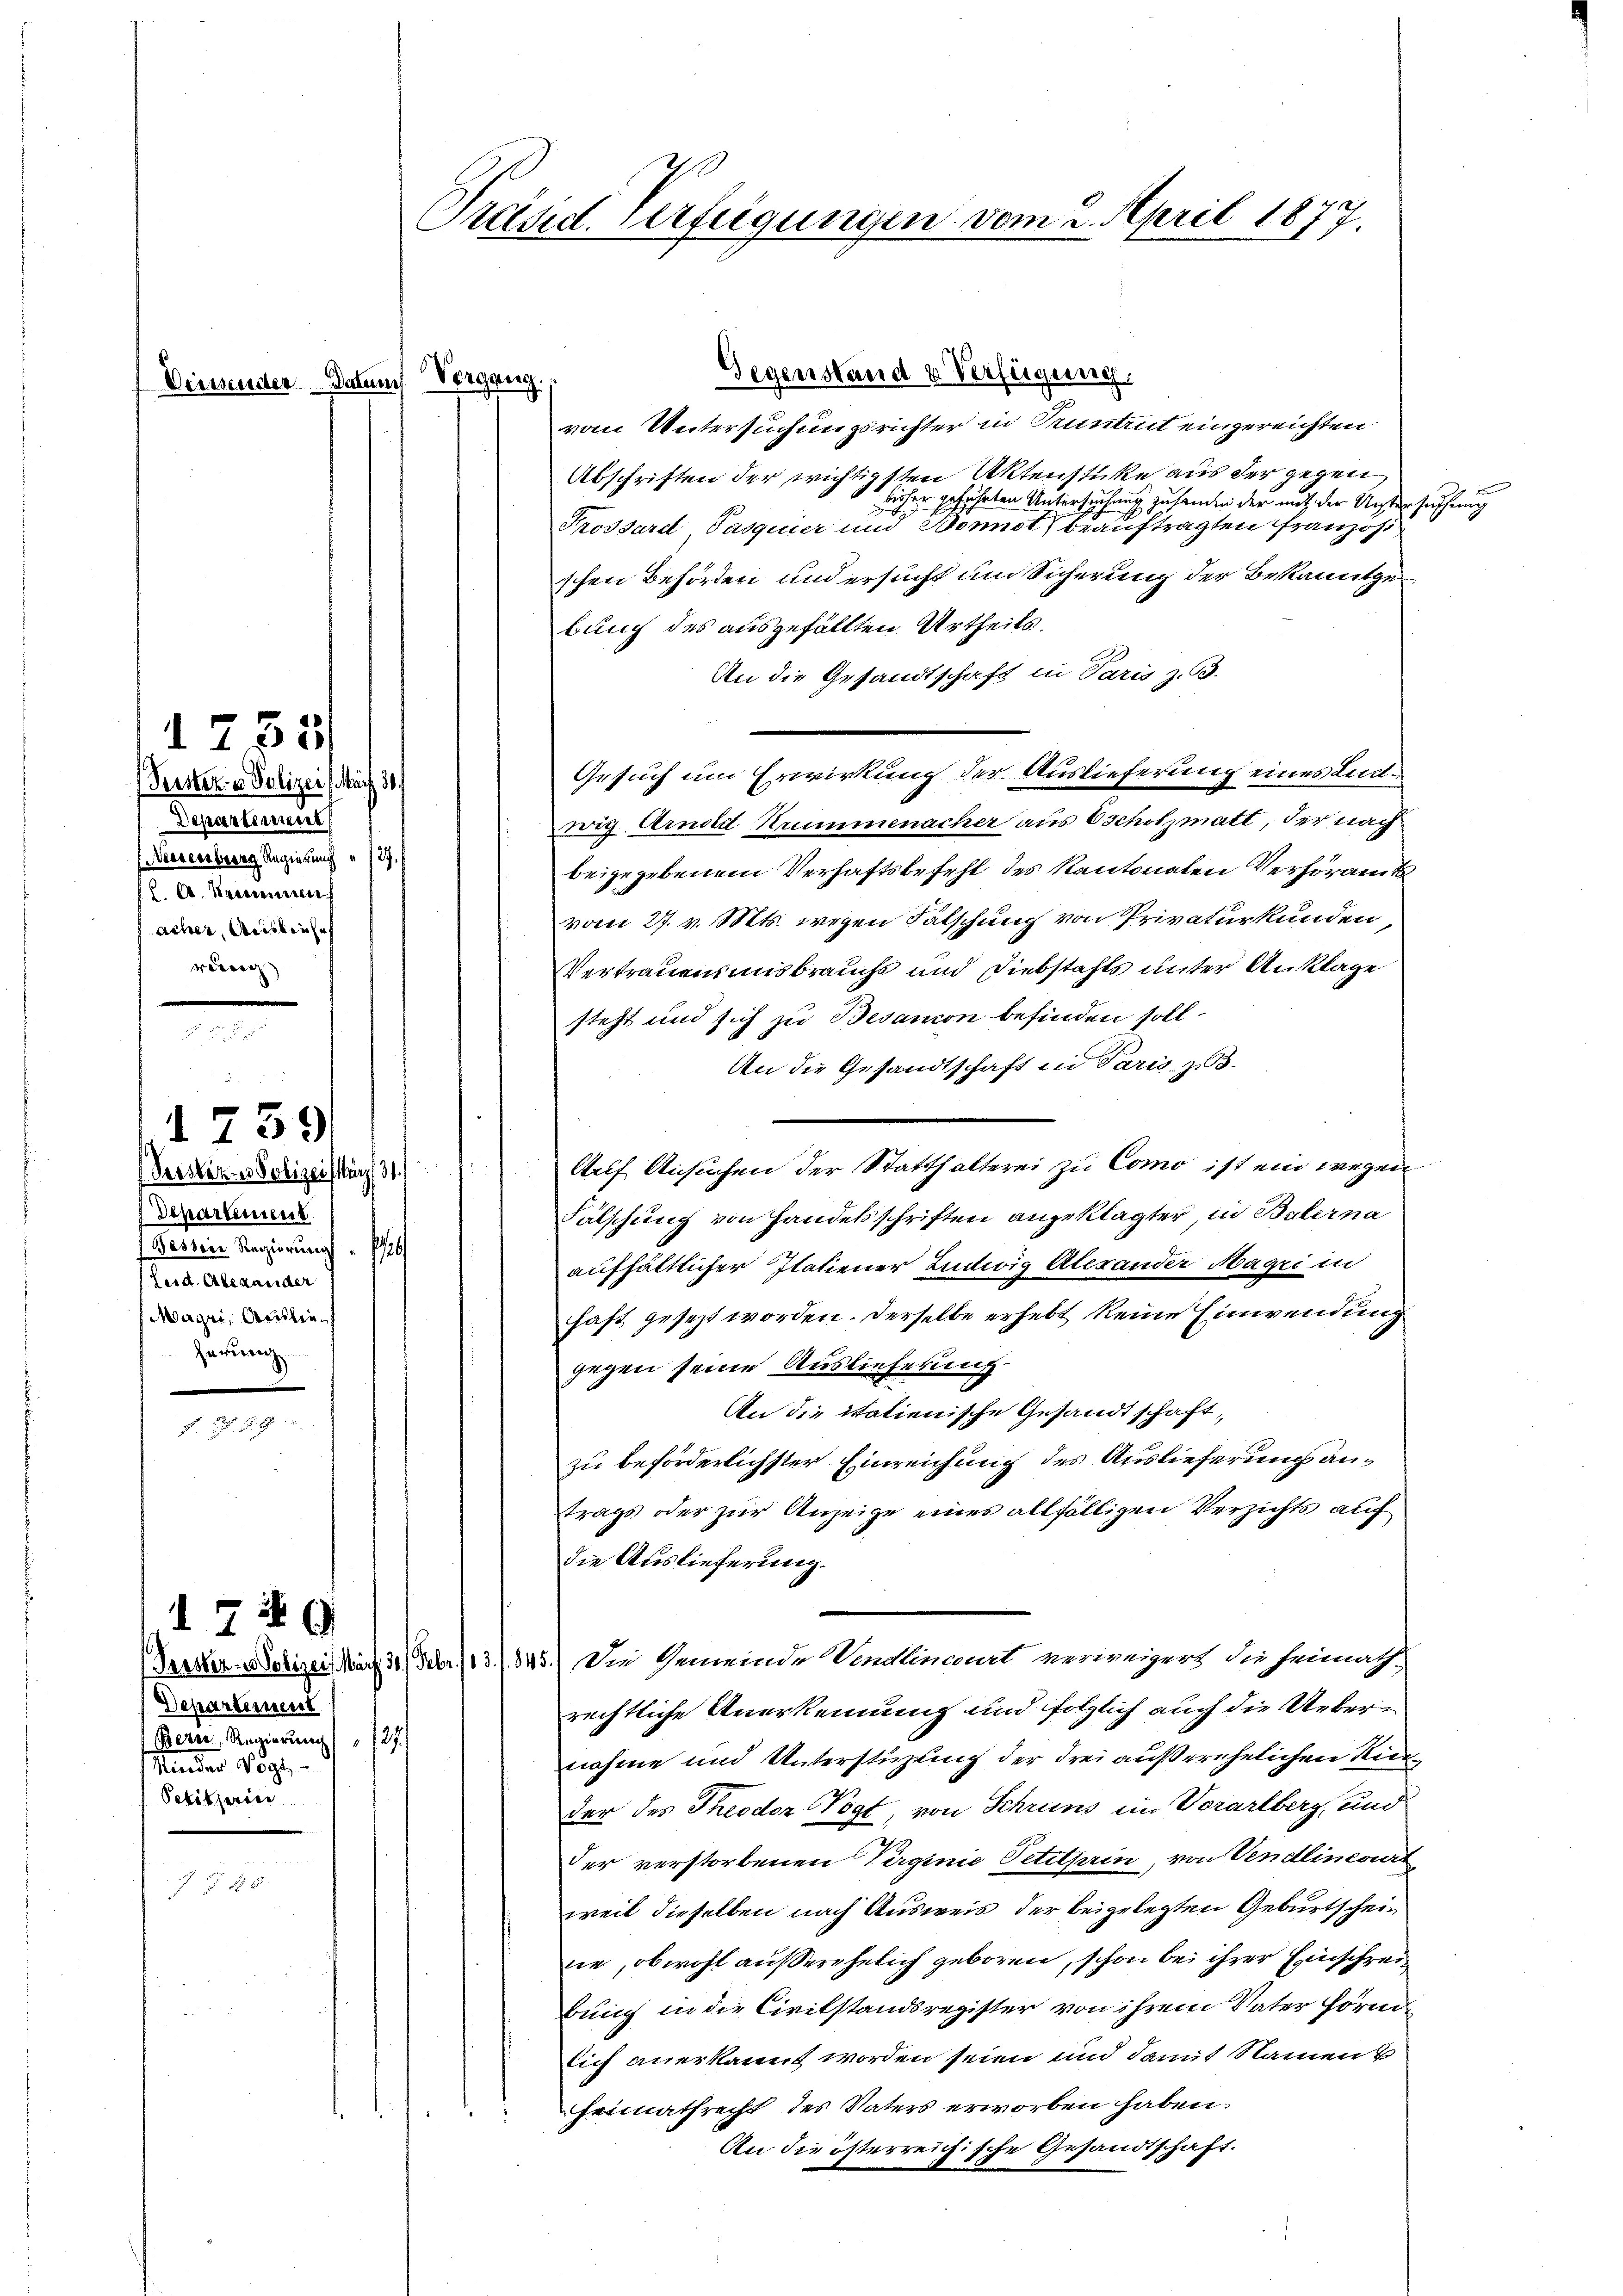
Deissenden Datum

1735
Perster- u Polizei März 30
Departement
Neesenberg Regierung " 127.
C. A. Kraciennen
acher, Ausliefe
vetrach

Persetzes Polizei März 31.
Departement
Bester Regierung
h
Ferd. Alexander
Magri, Aristieherung

1759)

1749
Departement
Berés, Regierung " 127
Minder Vögt-
Petitjerier

Präsid. Verfügungen vom 2. April 1877.

Vorgang.
vom Untersuchungsrichter in Pruntrut eingereichten
Abschriften der wichtigsten Aktenstücke aus der gegen
bisher geführten Untersuchung zu senden der mit der Untersuchen
Prossard Pasquier und Bonnot beauftragten Französ
schen Behörden und ersucht um Sicherung der Bekanntgebung des ausgefällten Urtheils.
An die Gesandtschaft in Paris z. 53.
Gesuch um Erwirkung der Auslieferung eines Ludwig Arnold Krummenacher aus Oscholzmatt, der nach
beigegebenem Verhaftsbefehl des Kantonalen Verhöramts
vom 27. v. Mts. wegen Fälschung von Privaturkunden,
Vertrauensausbrauchs und Diebstahls unter Anklage
steht und sich zu Besanion befinden soll.
An die Gesandtschaft in Paris, z. B.
Auf Ansuchen der Statthalterei zu Como ist ein wegen
Fälschung von Handesschriften angeklagter, in Balerna
aufhältlicher Italiener Ludwig Alexander Magri in
haft gesezt worden. Derselbe erhebt keine Einwendung
gegen seine Auslieferung
An die italienische Gesandtschaft,
zu beförderlichster Einreichung des Auslieferung antrags oder zur Anzeige eines allfälligen Verzichts auf
die Auslieferung.
(Gerster- Polizei März 31) Febr. /13./845.) Die Gemeinde Vendinat vorweigert die hinnath-
rechtliche Anerkennung und folglich auch die Uebernahme und Unterstüzung der drei außerehelichen Rieder des Theodor Vogt, von Schruns im Vorarlberg, und
Der verstorbenen Virginie Petiturin, von Vendlineart
weil dieselben nach Ausweis der beigelegten Geburtscheine, obwohl außerehelich geboren, schon bei ihrer Einschreibung in die Civilstandsregister von ihrem Vater förmlich anerkannt worden seien und damit Namen k
Heimathrecht des Vaters erworben haben.
An die österreichische Gesandtschaft.

Gegenstand u Verfügung.

u